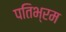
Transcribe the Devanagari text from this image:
पतिभ्रम